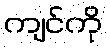
ကျင်ကို